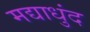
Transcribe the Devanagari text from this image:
मद्याधुंद